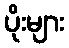
ပိုးများ